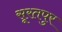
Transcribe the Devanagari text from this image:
सूरतपुर